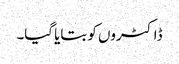
ڈاکٹروں کو بتایا گیا۔